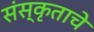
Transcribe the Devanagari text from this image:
संस्कृताचे